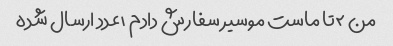
من ۲تا ماست موسیر سفارش دادم ۱عدد ارسال شده